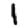
Digit: 1